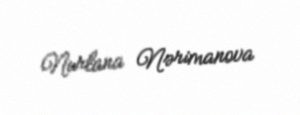
Nurlana Nərimanova